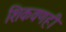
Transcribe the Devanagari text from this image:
शिकवणही